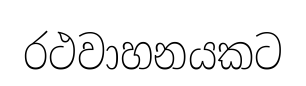
රථවාහනයකට